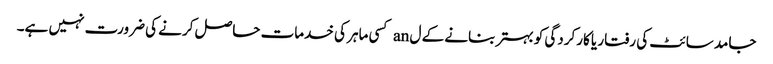
جامد سائٹ کی رفتار یا کارکردگی کو بہتر بنانے کے ل an کسی ماہر کی خدمات حاصل کرنے کی ضرورت نہیں ہے۔